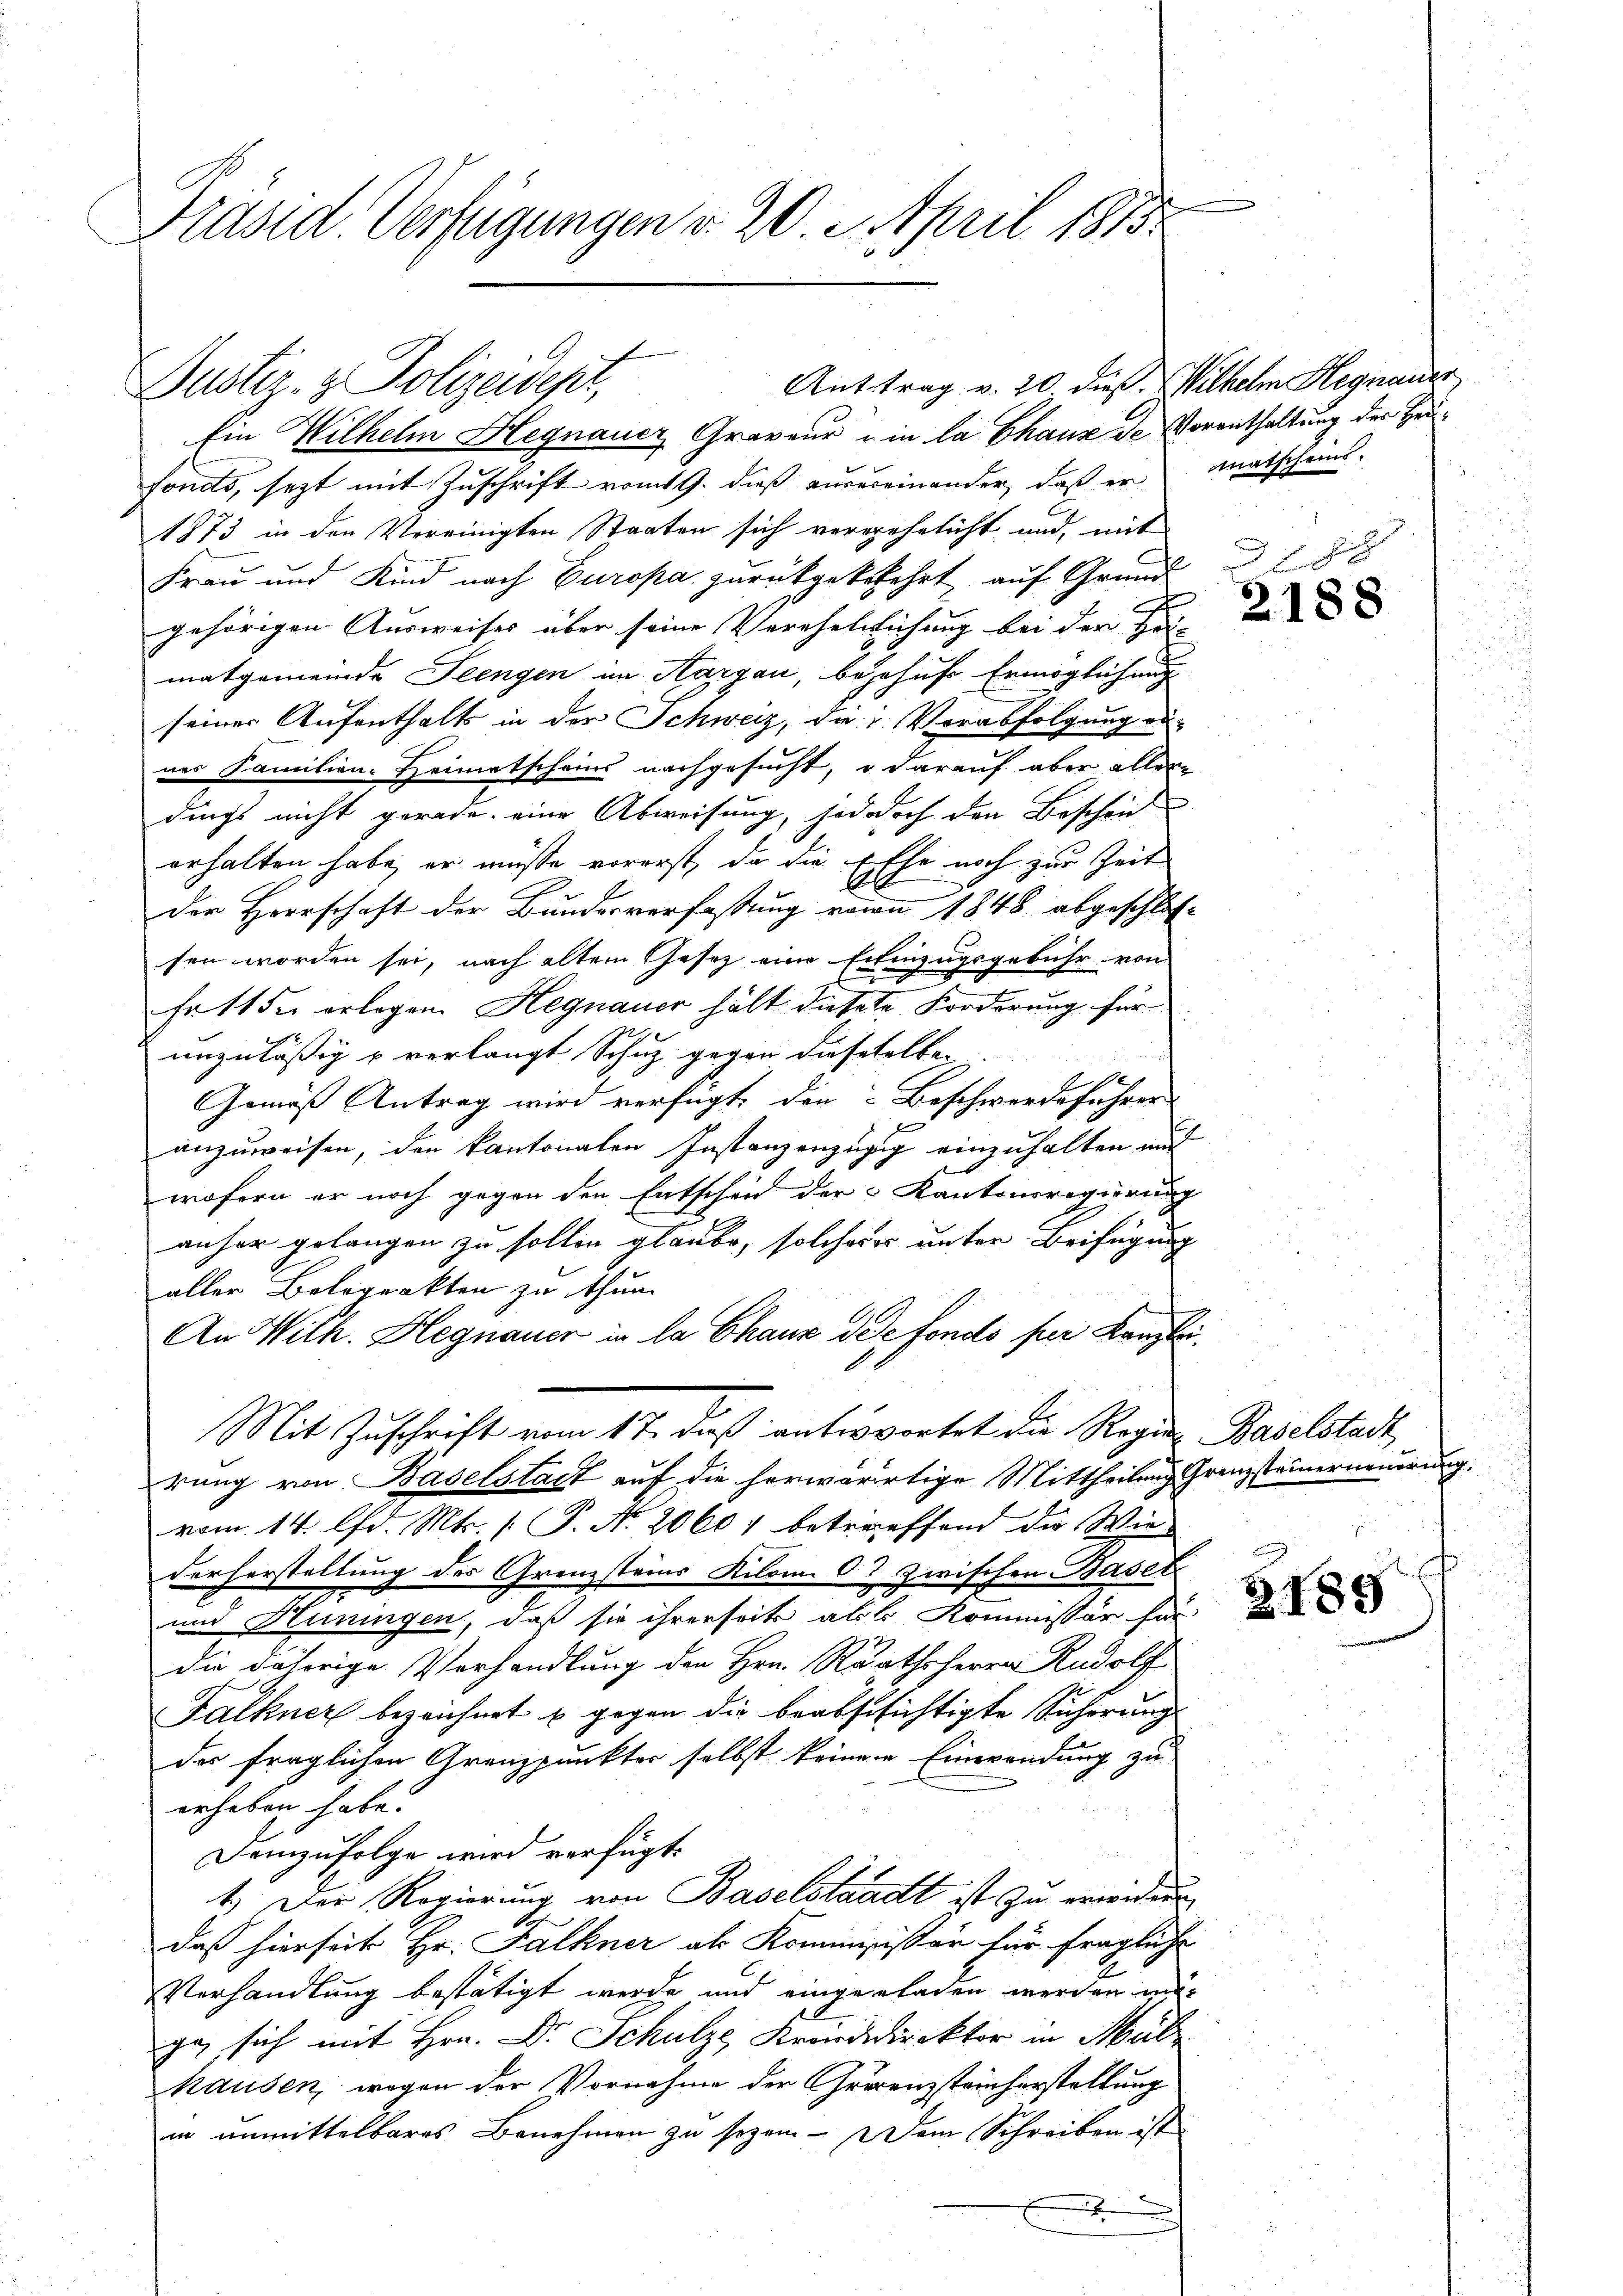
Präsid. Verfügungen v. 20. April 1815.

Anttrag v. 20 dieß. Wilhelm Hegnauer
Justiz- & Polizeidest,

Ein Wilhelm Hegnaucz Graveur ein la Chaux de Vorenthaltung der Heufonds, sezt mit Zuschrift vom 19. dieß ausereinander, daß er anatscheins-
1873 in den Vereinigten Staaten sich vergehelicht und, mit
Frau und Kind nach Europa zurückgekekehrt auf Grundgehörigen Ausweises über seine Verehelichung bei der Fer-
matgemeinde Seengen in Aargau, bejahns Ermöglichung
seiner Aufenthalts in der Schweiz, das Verabfolgung ob-
nes Familien-Heimatscheins nachgesucht, u darauf aber aller
dings nicht gerade, eine Abweisung, jedodoch den Beschen
erhalten habe, er müsse vorerst, da die Ehe noch zur Zeit
b
der Herrschaft der Bundesverfassung von 1848 abgeschlos-
sen worden sei, nach altem Gesetz eine Einzugsgebühr von
n
frtt der erlegen. Hegnauer hält diesene Forderung für
unzuläßig u verlangt Schuz gegen dieseselben
Aeg
Gemäß Antrag wird verfügt, den Beschwerdeführer
.
anzuweisen, den kantonalen Instanzenzügig einzuhalten und
wofern er noch gegen den Entscheid der Kantonsregierung
anher gelangen zu sollen glaube, solches er unter Beifügung
aller Bolograkten zu thun
An Wilh. Hegnauer in la Chaux de fondo per Kanzlei¬
Mit Zuschrift vom 17. daß enterwortet die Regien Baselstadt,
rung von Baselstadt auf die herwärtige Mittheilung Grenzsteinerneuerung.
vom 14. d. Mts. [ P. Nr. 20601 betreffend die Wiederherstellung des Grenzsteins Kilom 07 zwischen Basel-
und Hüningen, daß sie ihrerseits als Kommissär für
die daherige Vorhandlung den Hrn. Rathsherrn Rudolf
Falkner bezeichnet u gegen die beabschichtigte Sicherung
der fraglichen Grenzpunkter selbst keiner Einwendung zu
erheben habe.
Demzufolge wird verfügt:
t.) Der Regierung von Baselstaadt ist zu erwiderr
t
daß hierseit Hr. Falkner als Kommissär für fragliche
Verhandlung bestätigt werde und eingeladen werden mir
ge sich mit Hrn. Dr. Schulze, Krandidirektor in Mül
hausen, wegen der Vornahme der Grenzsteinherstellung
in unmittelbares Benehmen zu sezen. – Dem Schreiben ist
.

188

2.188

3189